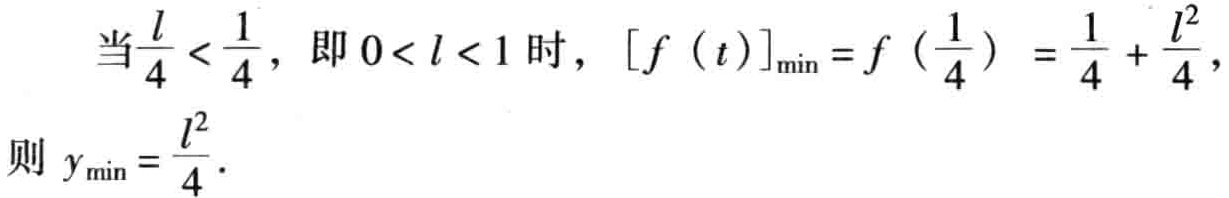
当\(\frac{l}{4} < \frac{1}{4}\)，即\(0 < l < 1\)时，\([f(t)]_{\min}=f(\frac{1}{4}) = \frac{1}{4} + \frac{l^{2}}{4}\)，

则 \(y_{\min}=\frac{l^{2}}{4}\)。